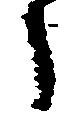
し